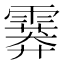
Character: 𩅁